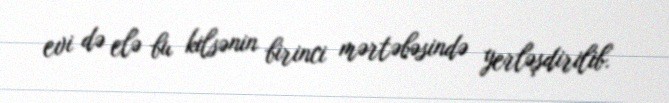
evi də elə bu kilsənin birinci mərtəbəsində yerləşdirilib.